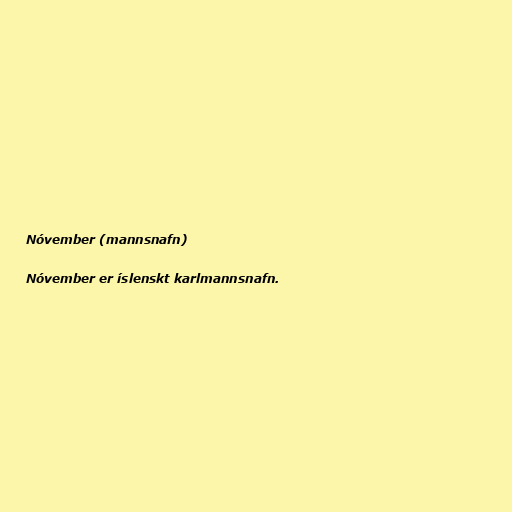
Nóvember (mannsnafn)

Nóvember er íslenskt karlmannsnafn.